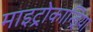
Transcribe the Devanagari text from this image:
माइट्रोकान्ड्रिया